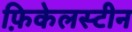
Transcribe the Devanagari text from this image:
फ़िकेलस्टीन